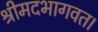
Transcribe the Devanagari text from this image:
श्रीमदभागवत।